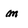
Character: m